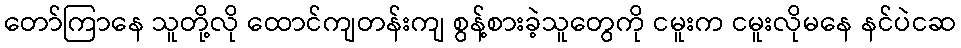
တော်ကြာနေ သူတို့လို ထောင်ကျတန်းကျ စွန့်စားခဲ့သူတွေကို ငမူးက ငမူးလိုမနေ နင်ပဲငဆ